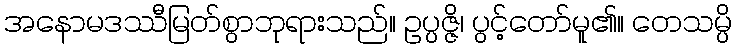
အနောမဒဿီမြတ်စွာဘုရားသည်။ ဥပ္ပဇ္ဇိ၊ ပွင့်တော်မူ၏။ တေသမ္ပိ